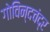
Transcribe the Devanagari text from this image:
गोविन्दचंद्र